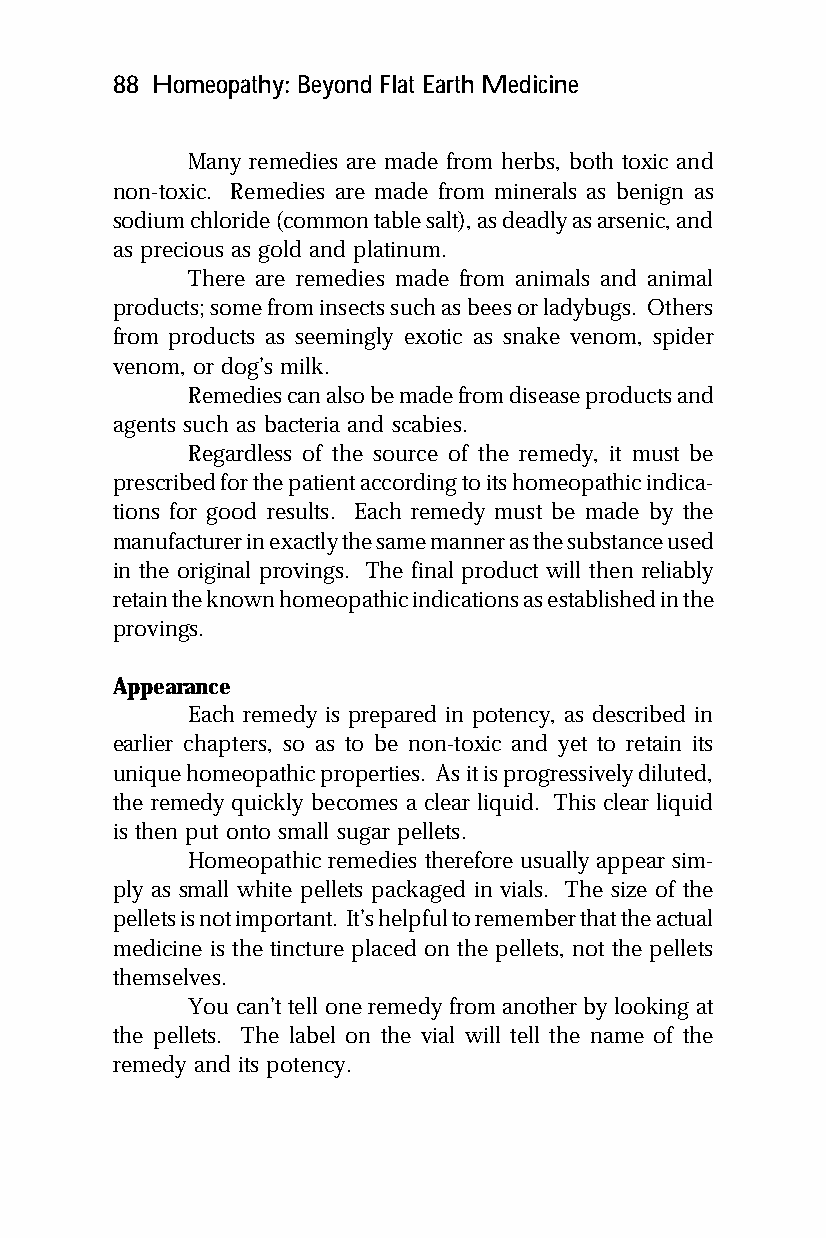
88 Homeopathy: Beyond Flat Earth Medicine
 Many remedies are made from herbs, both toxic and
 non-toxic. Remedies are made from minerals as benign as
 sodium chloride (common table salt), as deadly as arsenic, and
 as precious as gold and platinum.
 There are remedies made from animals and animal
 products; some from insects such as bees or ladybugs. Others
 from products as seemingly exotic as snake venom, spider
 venom, or dog’s milk.
 Remedies can also be made from disease products and
 agents such as bacteria and scabies.
 Regardless of the source of the remedy, it must be
 prescribed for the patient according to its homeopathic indica-
 tions for good results. Each remedy must be made by the
 manufacturer in exactly the same manner as the substance used
 in the original provings. The final product will then reliably
 retain the known homeopathic indications as established in the
 provings.
 Appearance
 Each remedy is prepared in potency, as described in
 earlier chapters, so as to be non-toxic and yet to retain its
 unique homeopathic properties. As it is progressively diluted,
 the remedy quickly becomes a clear liquid. This clear liquid
 is then put onto small sugar pellets.
 Homeopathic remedies therefore usually appear sim-
 ply as small white pellets packaged in vials. The size of the
 pellets is not important. It’s helpful to remember that the actual
 medicine is the tincture placed on the pellets, not the pellets
 themselves.
 You can’t tell one remedy from another by looking at
 the pellets. The label on the vial will tell the name of the
 remedy and its potency.